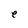
Character: e